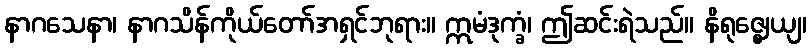
နာဂသေနာ၊ နာဂသိန်ကိုယ်တော်အရှင်ဘုရား။ ဣမံဒုက္ခံ၊ ဤဆင်းရဲသည်။ နိရုဇ္ဈေယျ၊